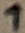
Text: 1